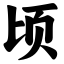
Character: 顷